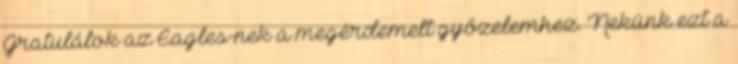
Gratulálok az Eagles-nek a megérdemelt győzelemhez. Nekünk ezt a